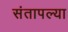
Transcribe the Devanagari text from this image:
संतापल्या